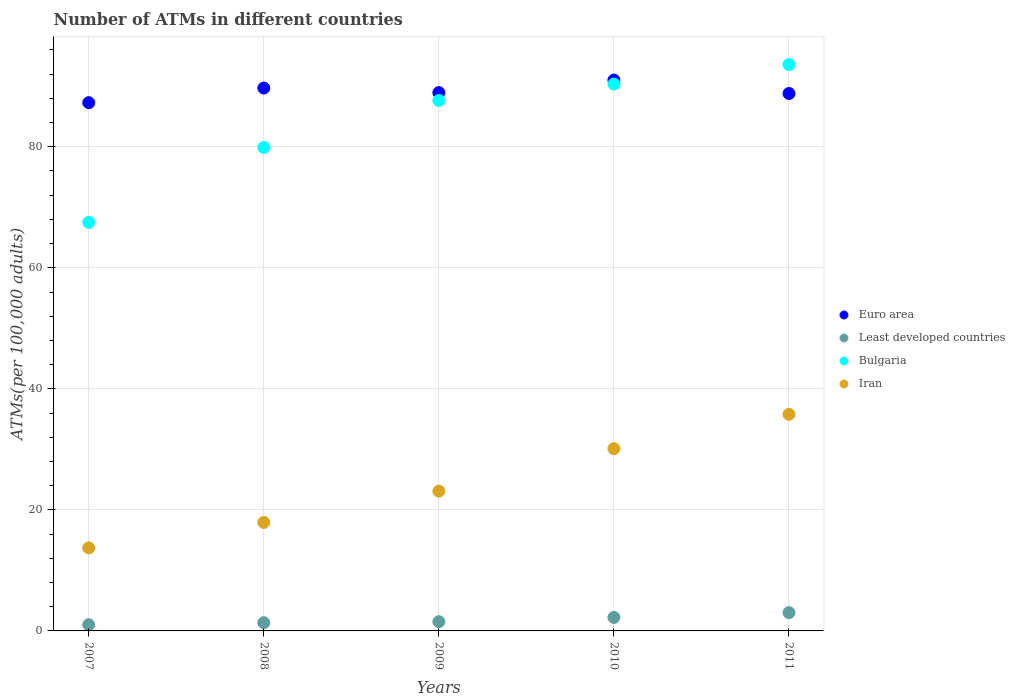
| Years | Euro area | Least developed countries | Bulgaria | Iran |
 | --- | --- | --- | --- | --- |
 | 2007 | 87.3 | 1.03 | 67.5 | 13.7 |
 | 2008 | 89.7 | 1.36 | 79.9 | 17.9 |
 | 2009 | 89 | 1.53 | 87.7 | 23.1 |
 | 2010 | 91 | 2.23 | 90.4 | 30.1 |
 | 2011 | 88.8 | 3.02 | 93.6 | 35.8 |